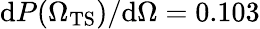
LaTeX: \mathrm{d}P({\Omega_{\mathrm{TS}}})/\mathrm{d}\Omega=0.103